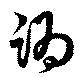
譌